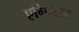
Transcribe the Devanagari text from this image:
एगिनस्ट